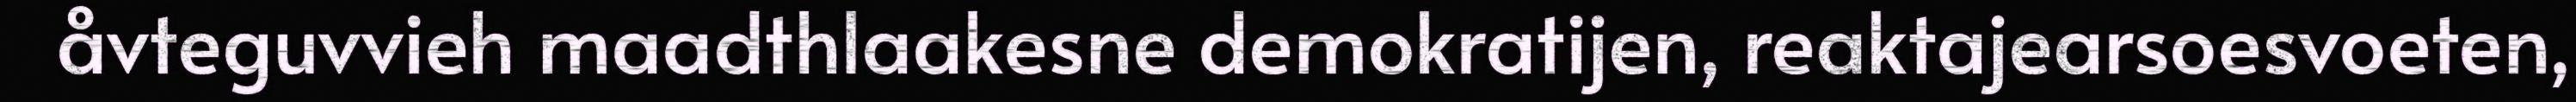
åvteguvvieh maadthlaakesne demokratijen, reaktajearsoesvoeten,